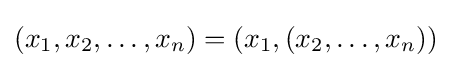
(x_{1},x_{2},\ldots ,x_{n})=(x_{1},(x_{2},\ldots ,x_{n}))